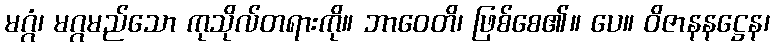
မဂ္ဂံ၊ မဂ္ဂမည်သော ကုသိုလ်တရားကို။ ဘာဝေတိ၊ ဖြစ်စေ၏။ ပေ။ ဝိဇာနနဋ္ဌေန၊